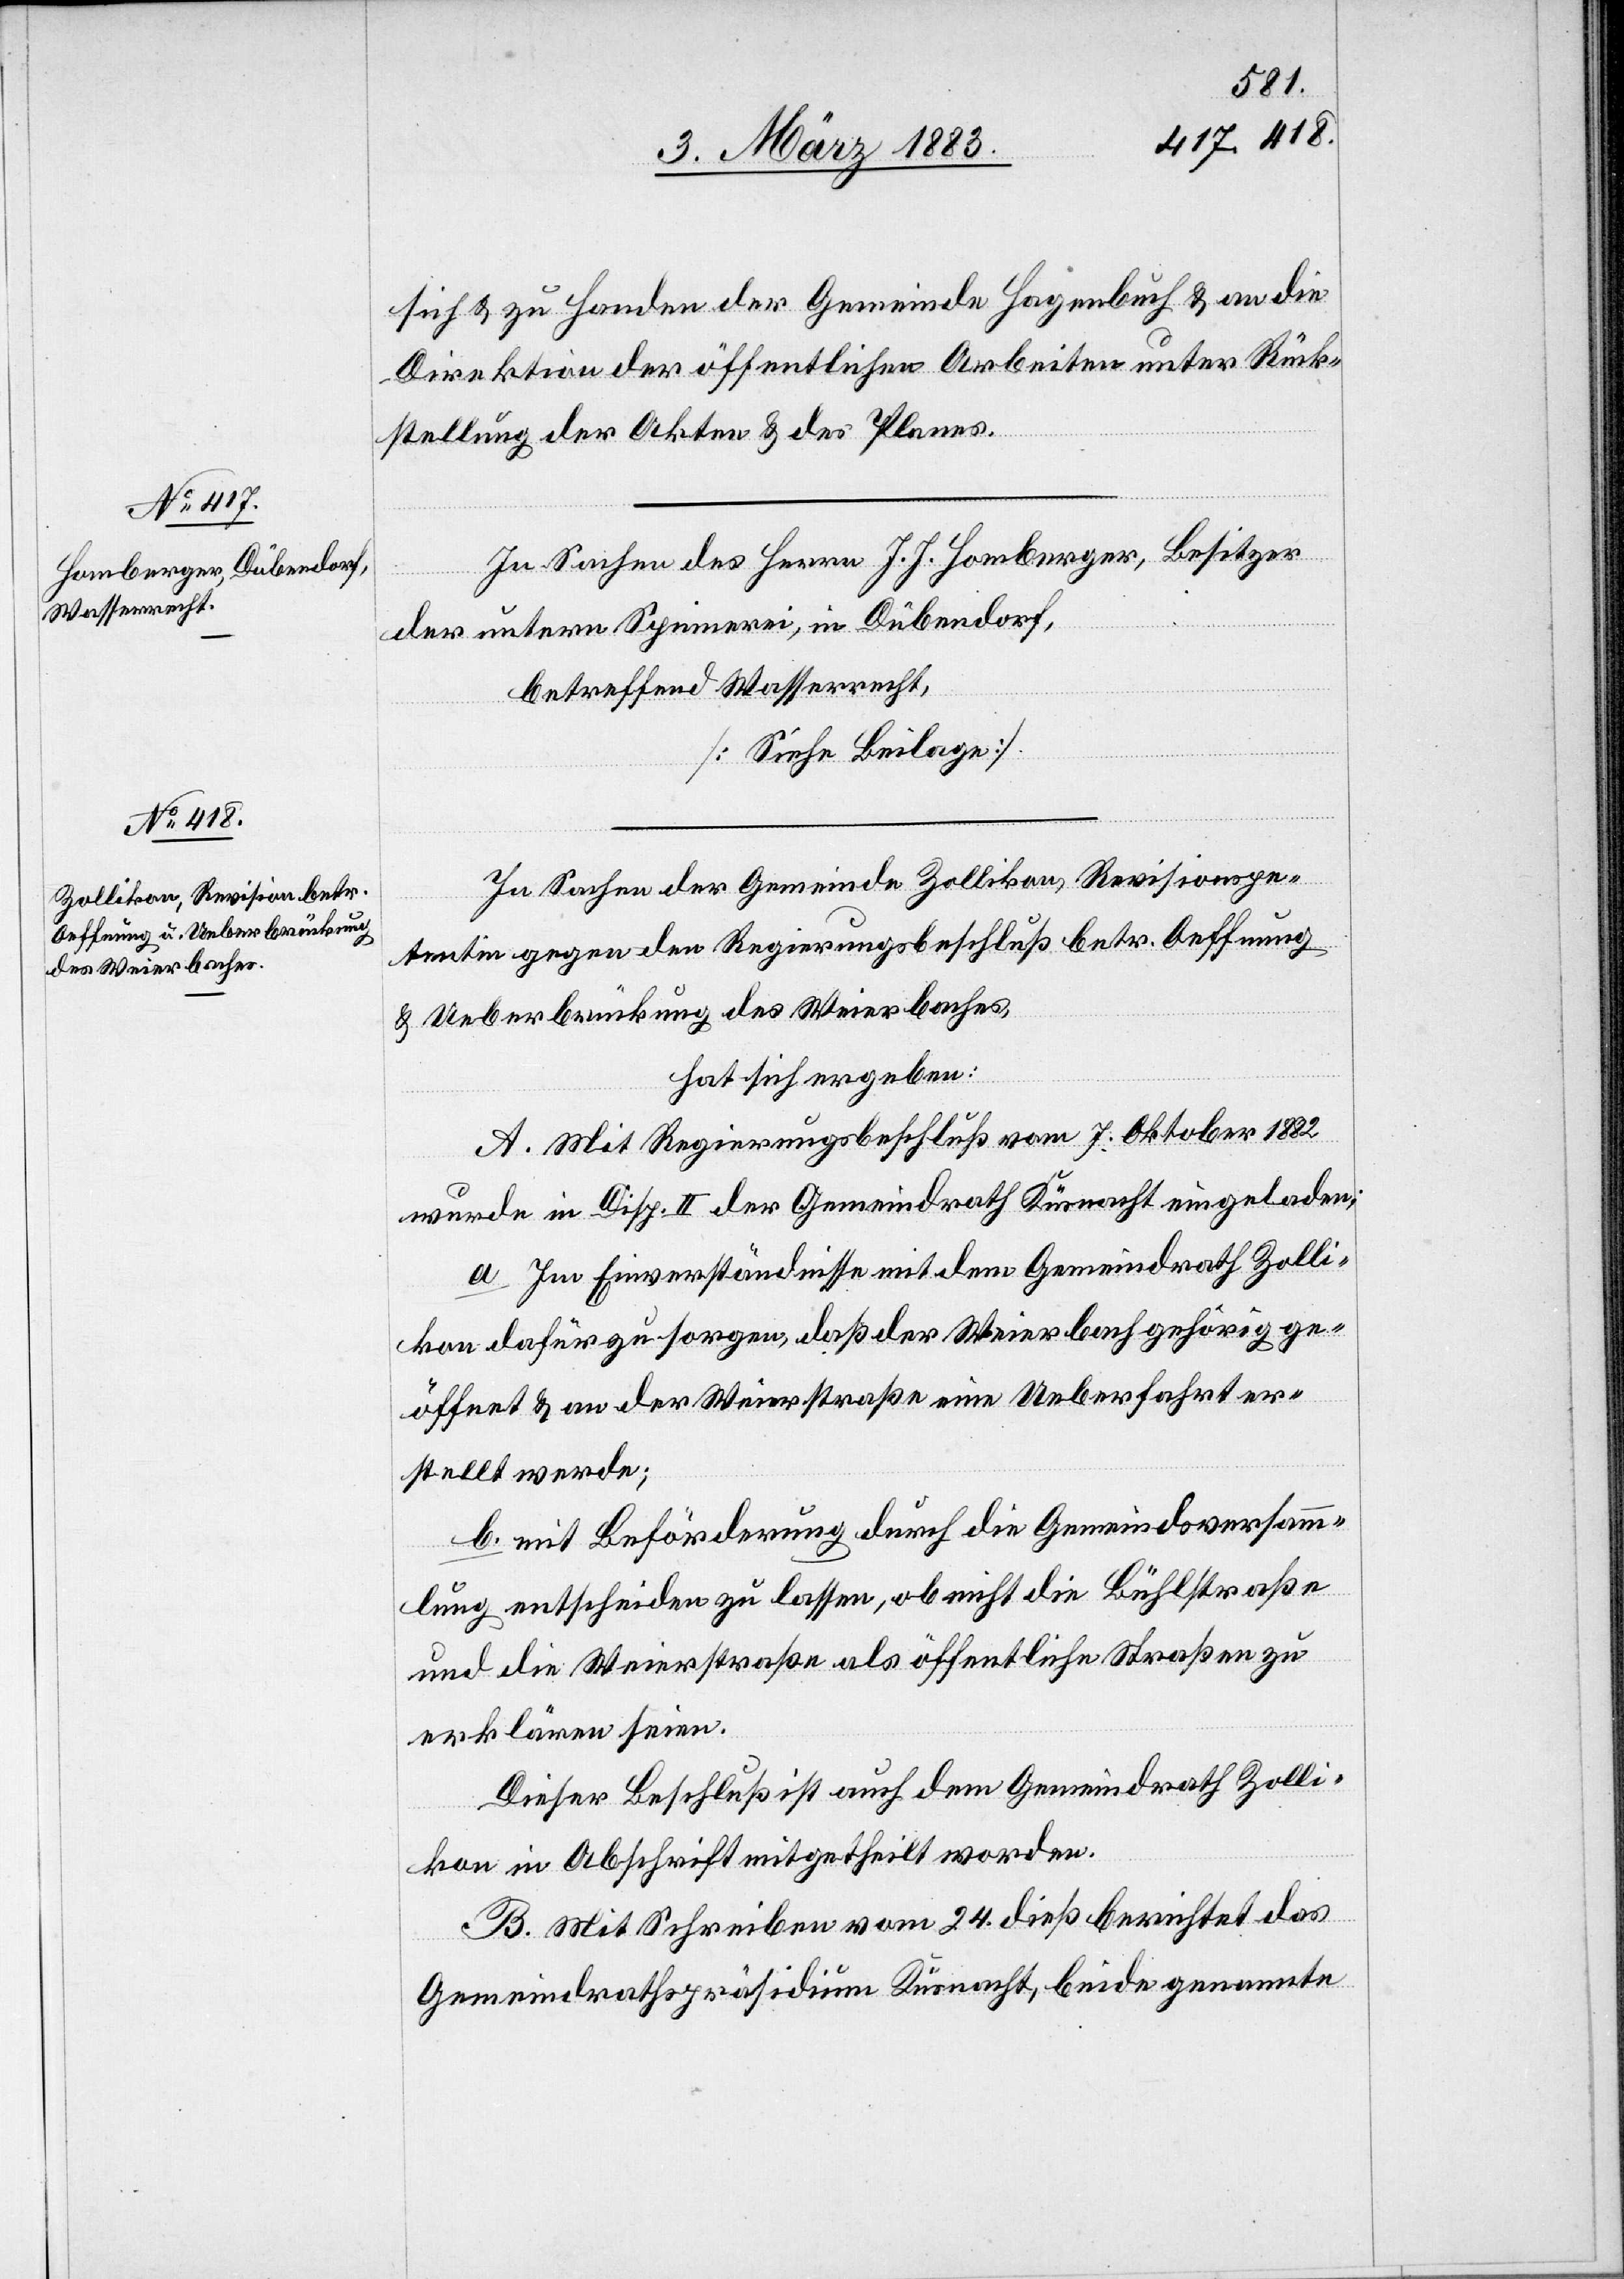
sich & zu Handen der Gemeinde Hagenbuch & an die
Direktion der öffentlichen Arbeiten unter Rück¬
stellung der Akten & des Planes.
In Sachen des Herrn J. J. Homberger, Besitzer
der untern Spinnerei, in Dübendorf,
betreffend Wasserrecht,
[Siehe Beilage].
In Sachen der Gemeinde Zollikon, Revisionspe¬
tentin gegen den Regierungsbeschluß betr. Oeffnung
& Ueberbrückung des Weierbaches,
hat sich ergeben:
A. Mit Regierungsbeschluß vom 7. Oktober 1882
wurde in Disp. II der Gemeindrath Küsnacht eingeladen:
a. Im Einverständnisse mit dem Gemeindrath Zolli¬
kon dafür zu sorgen, daß der Weierbach gehörig ge¬
öffnet & an der Weierstraße eine Ueberfahrt er¬
stellt werde;
b. mit Beförderung durch die Gemeindsversamm¬
lung entscheiden zu lassen, ob nicht die Bühlstraße
und die Weierstraße als öffentliche Straßen zu
erklären seien.
Dieser Beschluß ist auch dem Gemeindrath Zolli¬
kon in Abschrift mitgetheilt worden.
B. Mit Schreiben vom 24. dieß berichtet das
Gemeindrathspräsidium Küsnacht, beide genannte